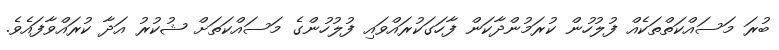
ބުރަ މަސައްކަތްތަކެއް ފުލުހުން ކުރަމުންދާކަން ފާހަގަކުރައްވައި ފުލުހުންގެ މަސައްކަތަށް ޝުކުރު އަދާ ކުރައްވާފައެވެ.